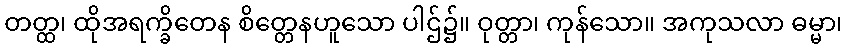
တတ္ထ၊ ထိုအရက္ခိတေန စိတ္တေနဟူသော ပါဌ်၌။ ဝုတ္တာ၊ ကုန်သော။ အကုသလာ ဓမ္မာ၊